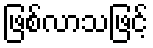
ဖြစ်လာသဖြင့်